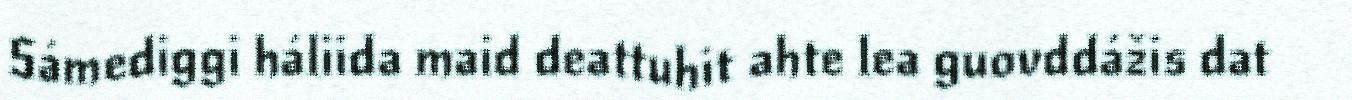
Sámediggi háliida maid deattuhit ahte lea guovddážis dat